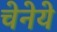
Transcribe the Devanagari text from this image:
चेनेये